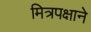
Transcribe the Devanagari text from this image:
मित्रपक्षाने